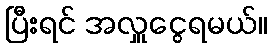
ပြီးရင် အလှူငွေရမယ်။